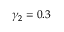
\gamma _ { 2 } = 0 . 3